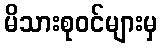
မိသားစုဝင်များမှ